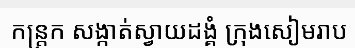
កន្ត្រក សង្កាត់ស្វាយដង្គំ ក្រុងសៀមរាប